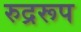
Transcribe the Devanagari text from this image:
रुद्ररूप